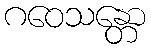
ဂဝေသန္တော